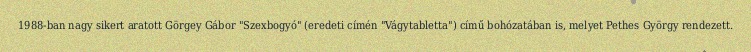
1988-ban nagy sikert aratott Görgey Gábor "Szexbogyó" (eredeti címén "Vágytabletta") című bohózatában is, melyet Pethes György rendezett.